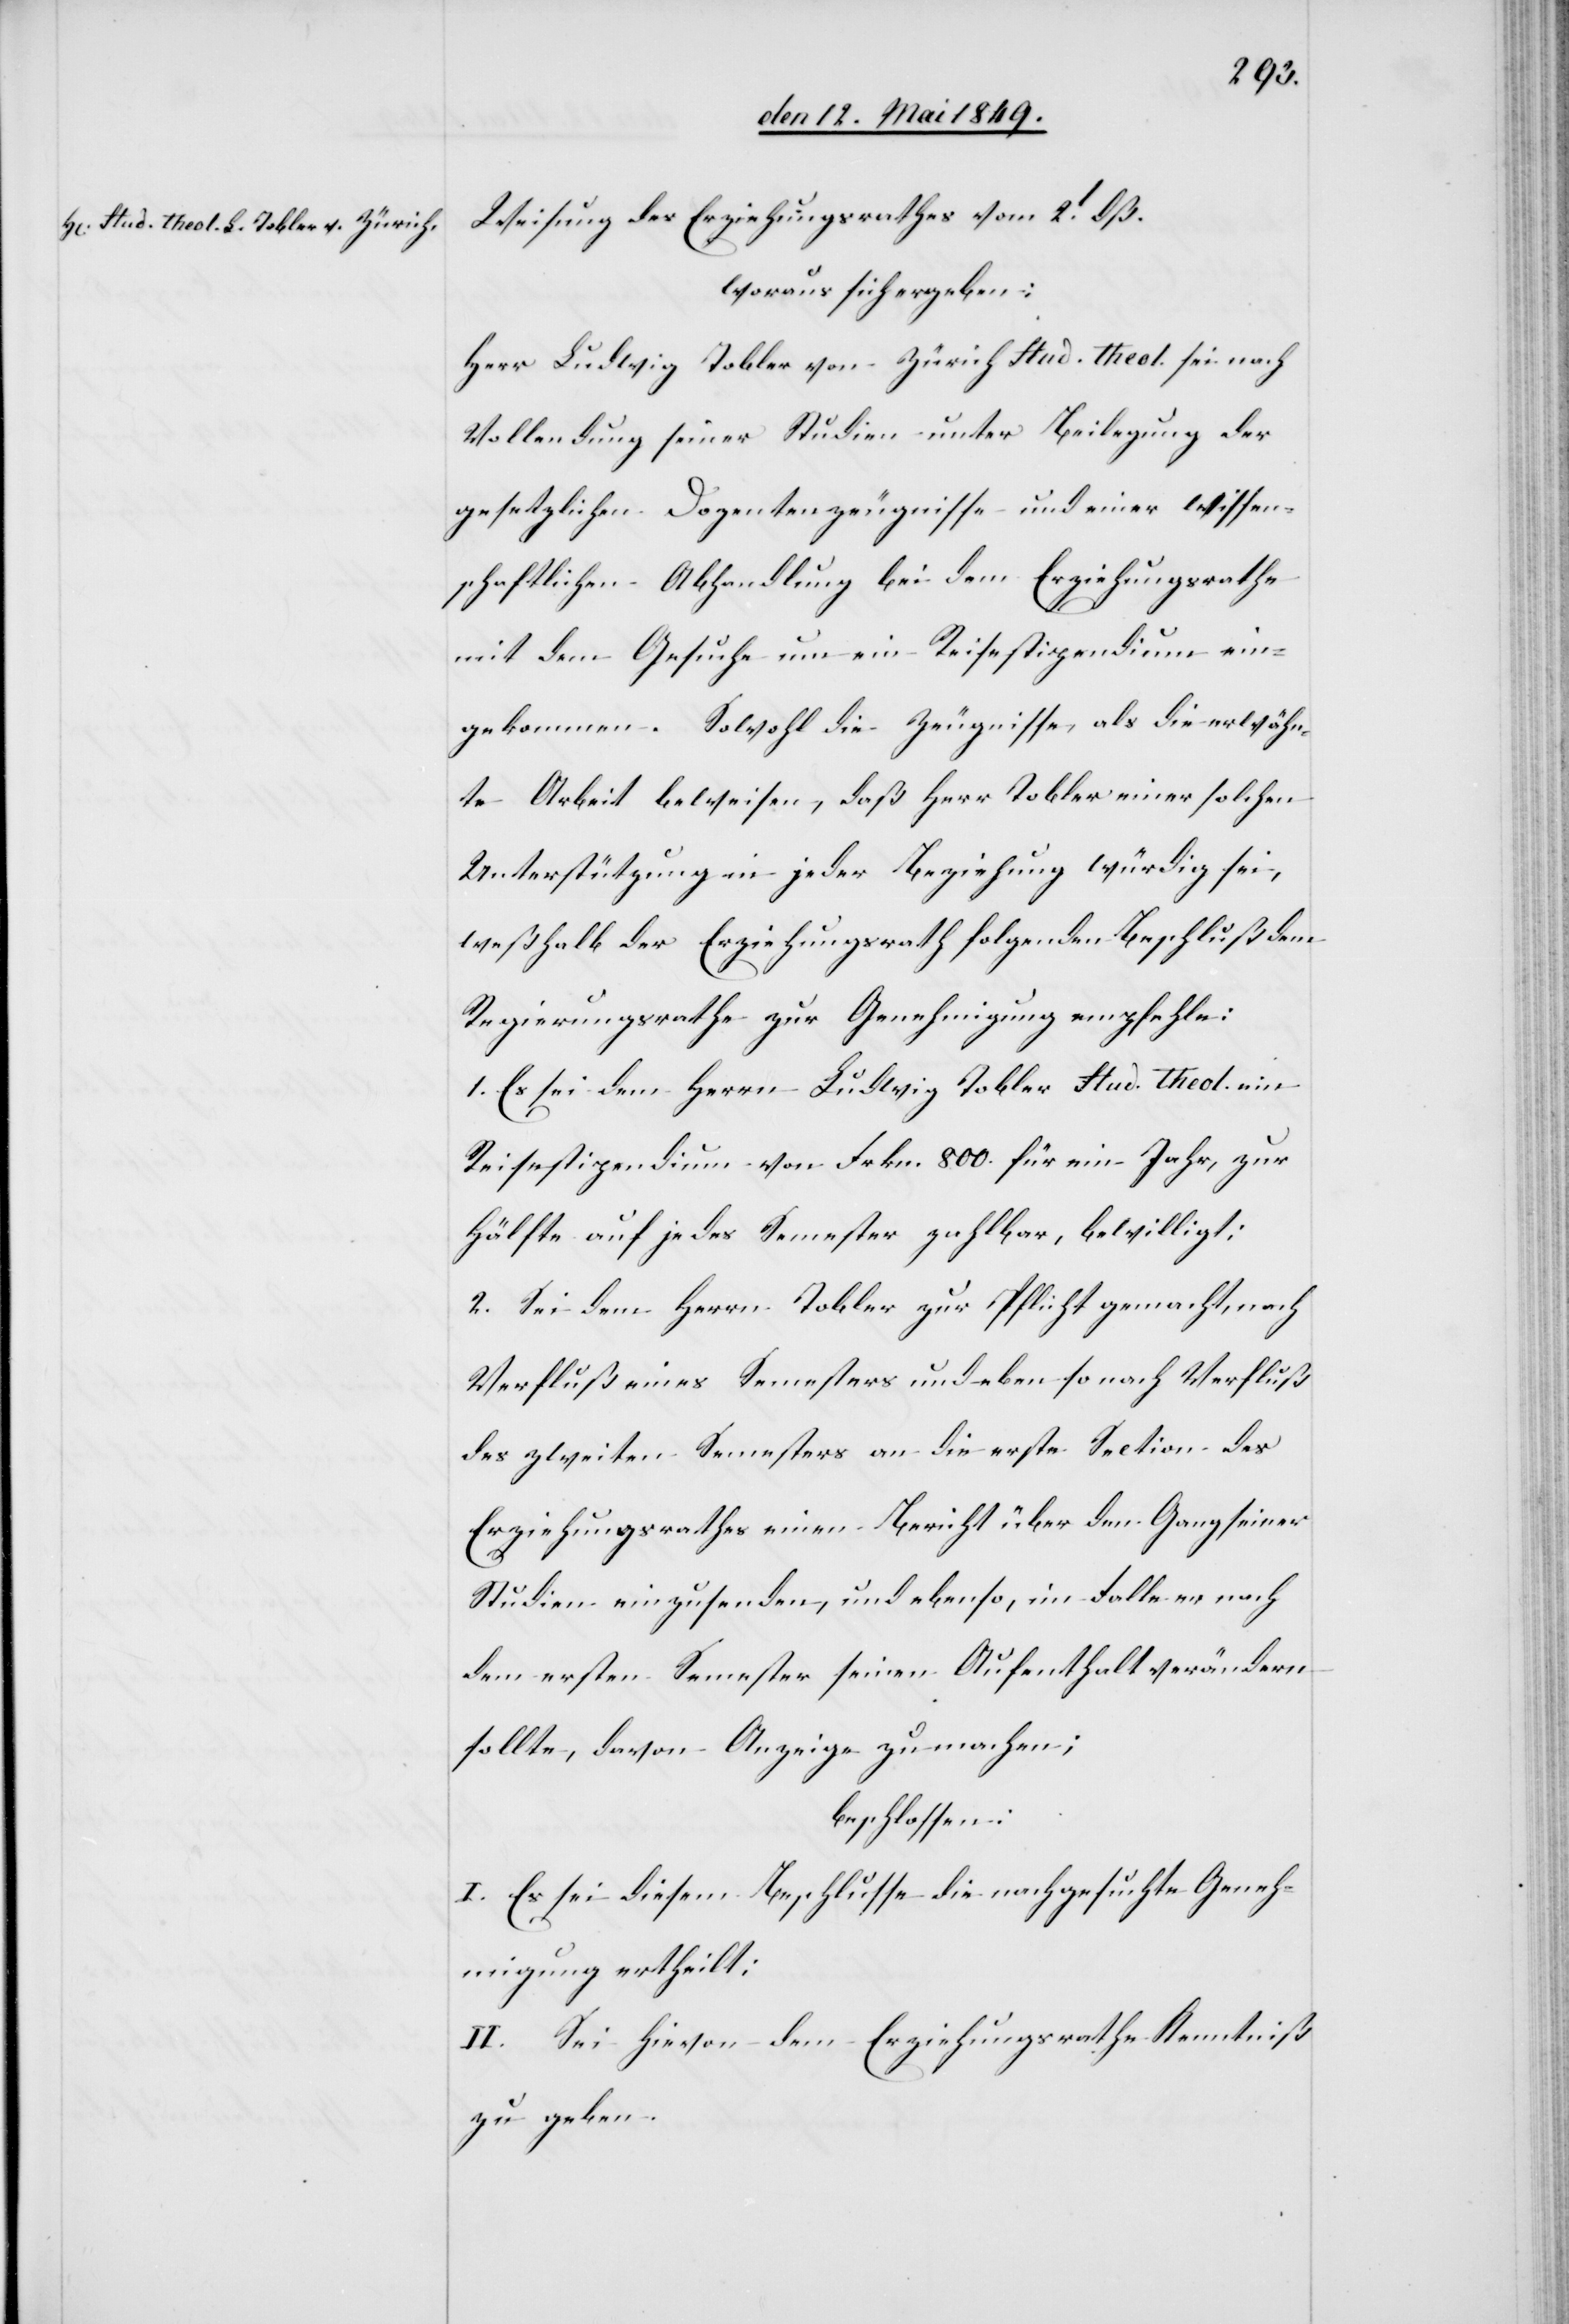
Weisung des Erziehungsrathes vom 2t dß.
woraus sich ergeben:
Herr Ludwig Tobler von Zürich Stud. theol. sei nach
Vollendung seiner Studien unter Beilegung der
gesetzlichen Dozentenzeugnisse und einer wissen¬
schaftlichen Abhandlung bei dem Erziehungsrathe
mit dem Gesuche um ein Reisestipendium ein¬
gekommen. Sowohl die Zeugnisse als die erwähn¬
te Arbeit beweisen, daß Herr Tobler einer solchen
Unterstützung in jeder Beziehung würdig sei,
weßhalb der Erziehungsrath folgenden Beschluß dem
Regierungsrathe zur Genehmigung empfehle:
1. Es sei dem Herrn Ludwig Tobler Stud. theol. ein
Reisestipendium von Frkn. 800. für ein Jahr, zur
Hälfte auf jedes Semester zahlbar, bewilligt:
2. Sei dem Herrn Tobler zur Pflicht gemacht, nach
des zweiten Semesters an die erste Section des
Erziehungsrathes einen Bericht über den Gang seiner
Studien einzusenden, und ebenso, im Falle er nach
dem ersten Semester seinen Aufenthalt verändern
sollte, davon Anzeige zu machen;
beschlossen:
I. Es sei diesem Beschlusse die nachgesuchte Geneh¬
migung ertheilt:
II. Sei hievon dem Erziehungsrathe Kenntniß
zu geben.